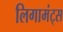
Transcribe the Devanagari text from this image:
लिगामंट्स